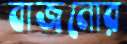
বাজনোর